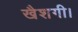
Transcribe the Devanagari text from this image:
खैशगी।